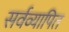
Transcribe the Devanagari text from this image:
सर्वव्यापित